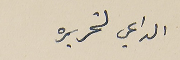
الداعي لتحريره